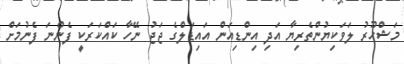
މަޝްހޫރު ލަވަކިޔުންތެރިޔާ އަދި އިންޑިއަން އައިޑަލްގެ ޖަޖު ނޭހާ ކައްކަރަކީ ފެންނަ ފެނުމަށް